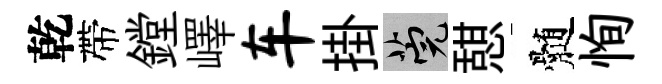
乾帶鏜嶧车掛筦憇髄恂